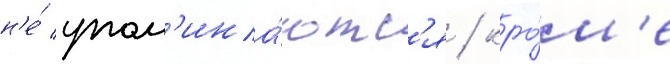
н'е́ упом'ина́ютс'я / кро́м'е